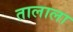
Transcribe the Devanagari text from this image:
तालाला